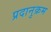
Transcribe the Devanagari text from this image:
प्रदानुक्रम